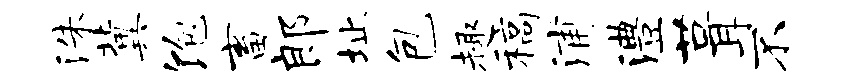
洙冀饱畜郎址包趣稿浦澧葺不